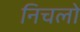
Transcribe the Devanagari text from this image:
निचलो